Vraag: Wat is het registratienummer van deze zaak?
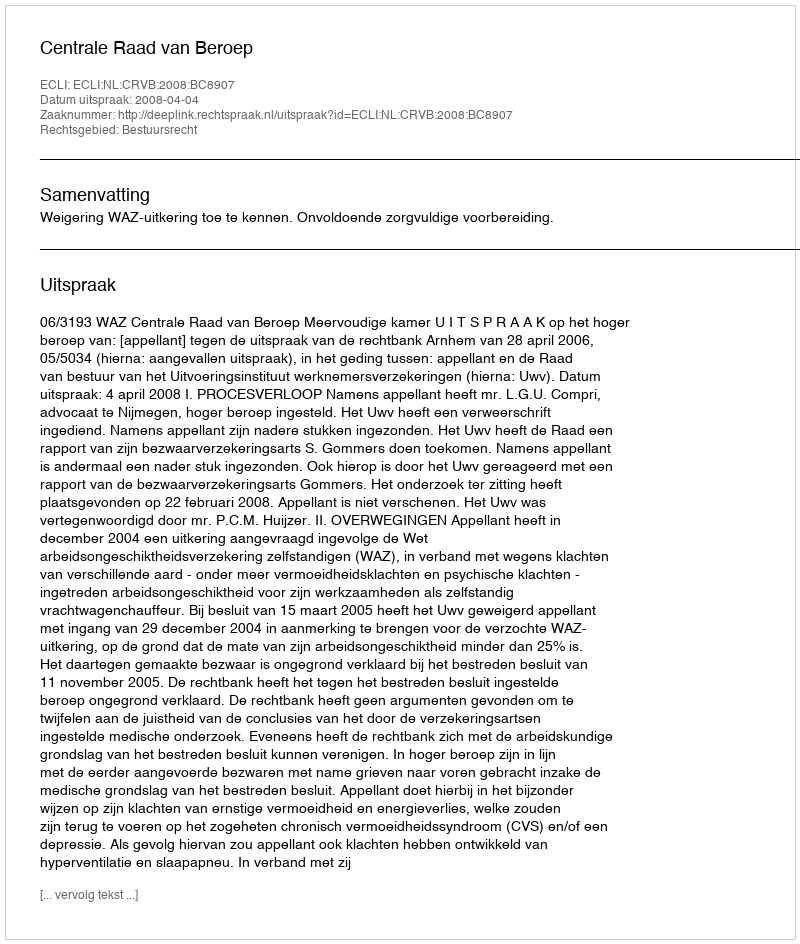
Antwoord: http://deeplink.rechtspraak.nl/uitspraak?id=ECLI:NL:CRVB:2008:BC8907